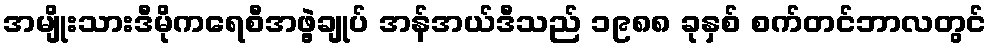
အမျိုးသားဒီမိုကရေစီအဖွဲ့ချုပ် အန်အယ်ဒီသည် ၁၉၈၈ ခုနှစ် စက်တင်ဘာလတွင်